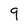
Character: 9